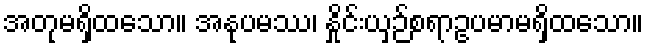
အတုမရှိထသော။ အနုပမဿ၊ နှိုင်းယှဉ်စရာဥပမာမရှိထသော။